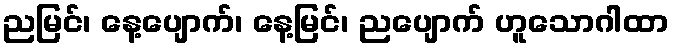
ညမြင်၊ နေ့ပျောက်၊ နေ့မြင်၊ ညပျောက် ဟူသောဂါထာ